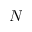
N